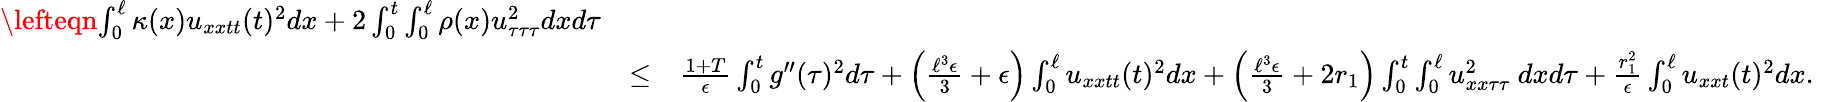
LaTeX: \begin{array}{rlr}{\lefteqn{\int_{0}^{\ell}\kappa(x)u_{xxtt}(t)^{2}dx+2\int_{0}^{t}\int_{0}^{\ell}\rho(x)u_{\tau\tau\tau}^{2}dxd\tau}}\\ &{\leq}&{\frac{1+T}{\epsilon}\int_{0}^{t}g^{\prime\prime}(\tau)^{2}d\tau+\Big(\frac{\ell^{3}\epsilon}{3}+\epsilon\Big)\int_{0}^{\ell}u_{xxtt}(t)^{2}dx+\Big(\frac{\ell^{3}\epsilon}{3}+2r_{1}\Big)\int_{0}^{t}\int_{0}^{\ell}u_{xx\tau\tau}^{2}\ dxd\tau+\frac{r_{1}^{2}}{\epsilon}\int_{0}^{\ell}u_{xxt}(t)^{2}dx.~~~}\end{array}